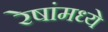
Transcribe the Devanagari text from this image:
रेषांमध्ये